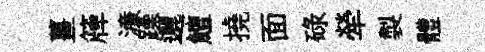
薑簰濓躁邐鱣撓面碌犖製體